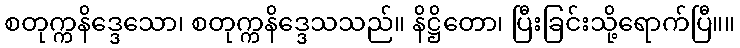
စတုက္ကနိဒ္ဒေသော၊ စတုက္ကနိဒ္ဒေသသည်။ နိဋ္ဌိတော၊ ပြီးခြင်းသို့ရောက်ပြီ။။